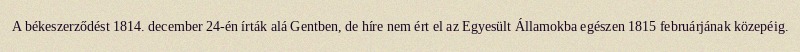
A békeszerződést 1814. december 24-én írták alá Gentben, de híre nem ért el az Egyesült Államokba egészen 1815 februárjának közepéig.